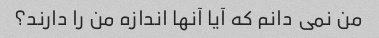
من نمی دانم که آیا آنها اندازه من را دارند؟